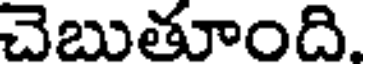
చెబుతూంది.